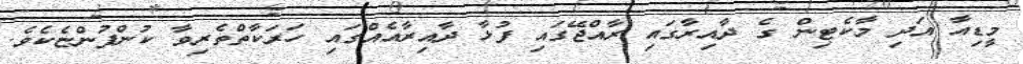
މީޑިއާ އަދި މާކެޓިން ގެ ދާއިރާގައި ރާއްޖޭގައި ފުޅާ ދާއިރާއެއްގައި ހަރަކާތްތެރިވާ ކުންފުންޏެކެވެ.